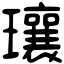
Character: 瓖